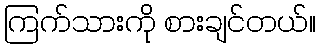
ကြက်သားကို စားချင်တယ်။